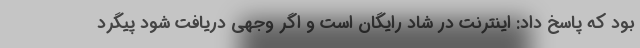
بود که پاسخ داد: اینترنت در شاد رایگان است و اگر وجهی دریافت شود پیگرد